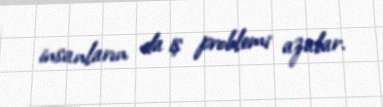
insanların da iş problemi azalar.